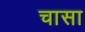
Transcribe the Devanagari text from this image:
चासा